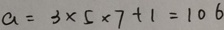
a = 3 \times 5 \times 7 + 1 = 1 0 6